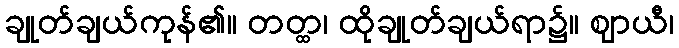
ချုတ်ချယ်ကုန်၏။ တတ္ထ၊ ထိုချုတ်ချယ်ရာ၌။ ဈာယီ၊